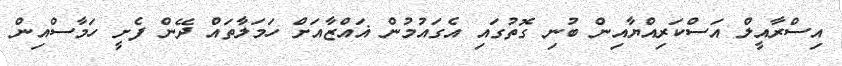
އިސްރާއީލް އަސްކަރިއްޔާއިން ބުނި ގޮތުގައި އެގައުމުން ޣައްޒާއަށް ހަމަލާތައް ދޭން ފެށީ ހަމާސްއިން